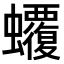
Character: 𧕡